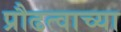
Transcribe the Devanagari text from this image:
प्रौढत्वाच्या